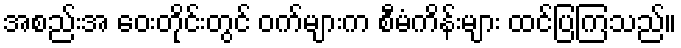
အစည်းအ ဝေးတိုင်းတွင် ဝက်များက စီမံကိန်းများ ထင်ပြကြသည်။